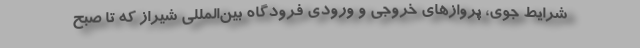
شرایط جوی، پروازهای خروجی و ورودی فرودگاه بین‌المللی شیراز که تا صبح